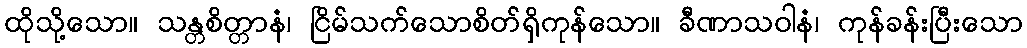
ထိုသို့သော။ သန္တစိတ္တာနံ၊ ငြိမ်သက်သောစိတ်ရှိကုန်သော။ ခီဏာသဝါနံ၊ ကုန်ခန်းပြီးသော